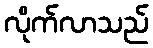
လိုက်လာသည်